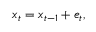
x _ { t } = x _ { t - 1 } + e _ { t } ,